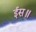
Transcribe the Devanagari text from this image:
ईस॥